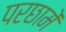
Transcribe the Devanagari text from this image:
परछामें